Document type: Sale
Year: 1355
Scribe: Pere Borrell
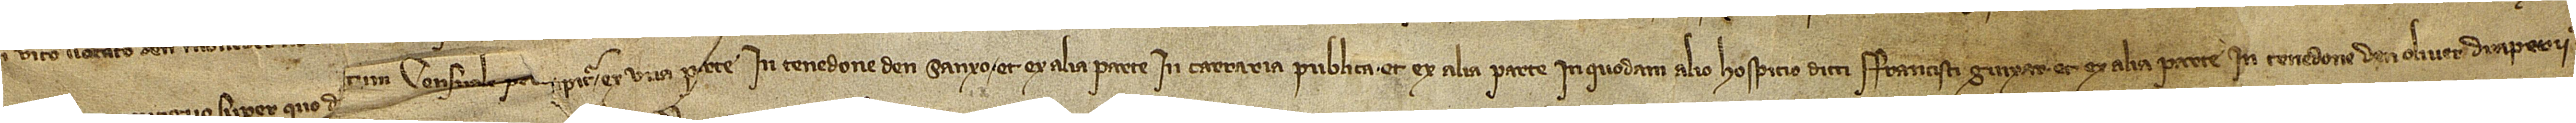
cium cum] orto eidem contiguo super quo d[ic]tum censuale per[ci]pitur ex una parte in tenedone d’en Sanxo, et ex alia parte in carraria publica, et ex alia parte in quodam alio hospicio dicti Francisci Guixar, et ex alia parte in tenedone d’en Oliver, draperii.